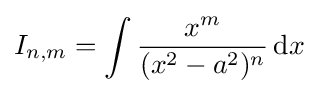
I_{n,m}=\int {\frac {x^{m}}{(x^{2}-a^{2})^{n}}}\,{\text{d}}x\,\!